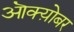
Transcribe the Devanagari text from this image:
ऒक्य़ोबर